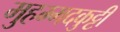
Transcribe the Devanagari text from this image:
मुहम्मदकुट्टी